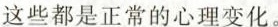
这些都是正常的心理变化。